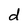
Character: d